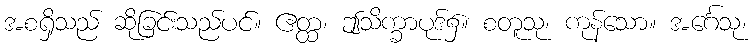
အစရှိသည် ဆိုခြင်းသည်ပင်။ ဧတ္ထ၊ ဤသိက္ခာပုဒ်၌။ စတူသု၊ ကုန်သော။ အင်္ဂေသု၊